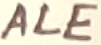
Text: ALE